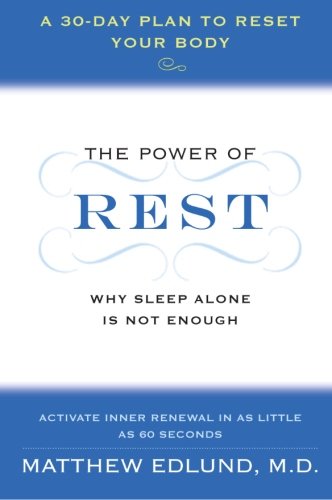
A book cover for The Power of Rest: Why Sleep Alone Is Not Enough. A 30-Day Plan to Reset Your Body; Matthew Edlund; Health, Fitness & Dieting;